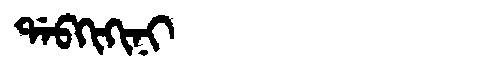
Manchu: ᡩᠠᠪᡴᡳᡴᡳᠨᡳ
Romanization: DABKIKINI